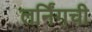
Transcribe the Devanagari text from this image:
लर्निंगची